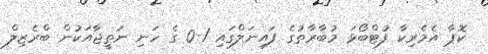
ކޮޕާ އެމެރިކާ ފުޓްބޯޅަ މުބާރާތުގެ ފައިނަލްގައި 1-0 ގެ ހަނި ނަތީޖާއަކުން ބްރެޒިލް